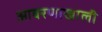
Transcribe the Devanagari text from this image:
आवरणाखाली